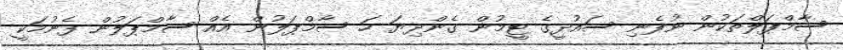
ސާމްޕަލްތަކުން ނުފެނި ސައުދީގެ ޓީމުން ގެންދިޔަ ހަ ސާމްޕަލުން އެއް ސާމްޕަލުން ފެނުމަކީ